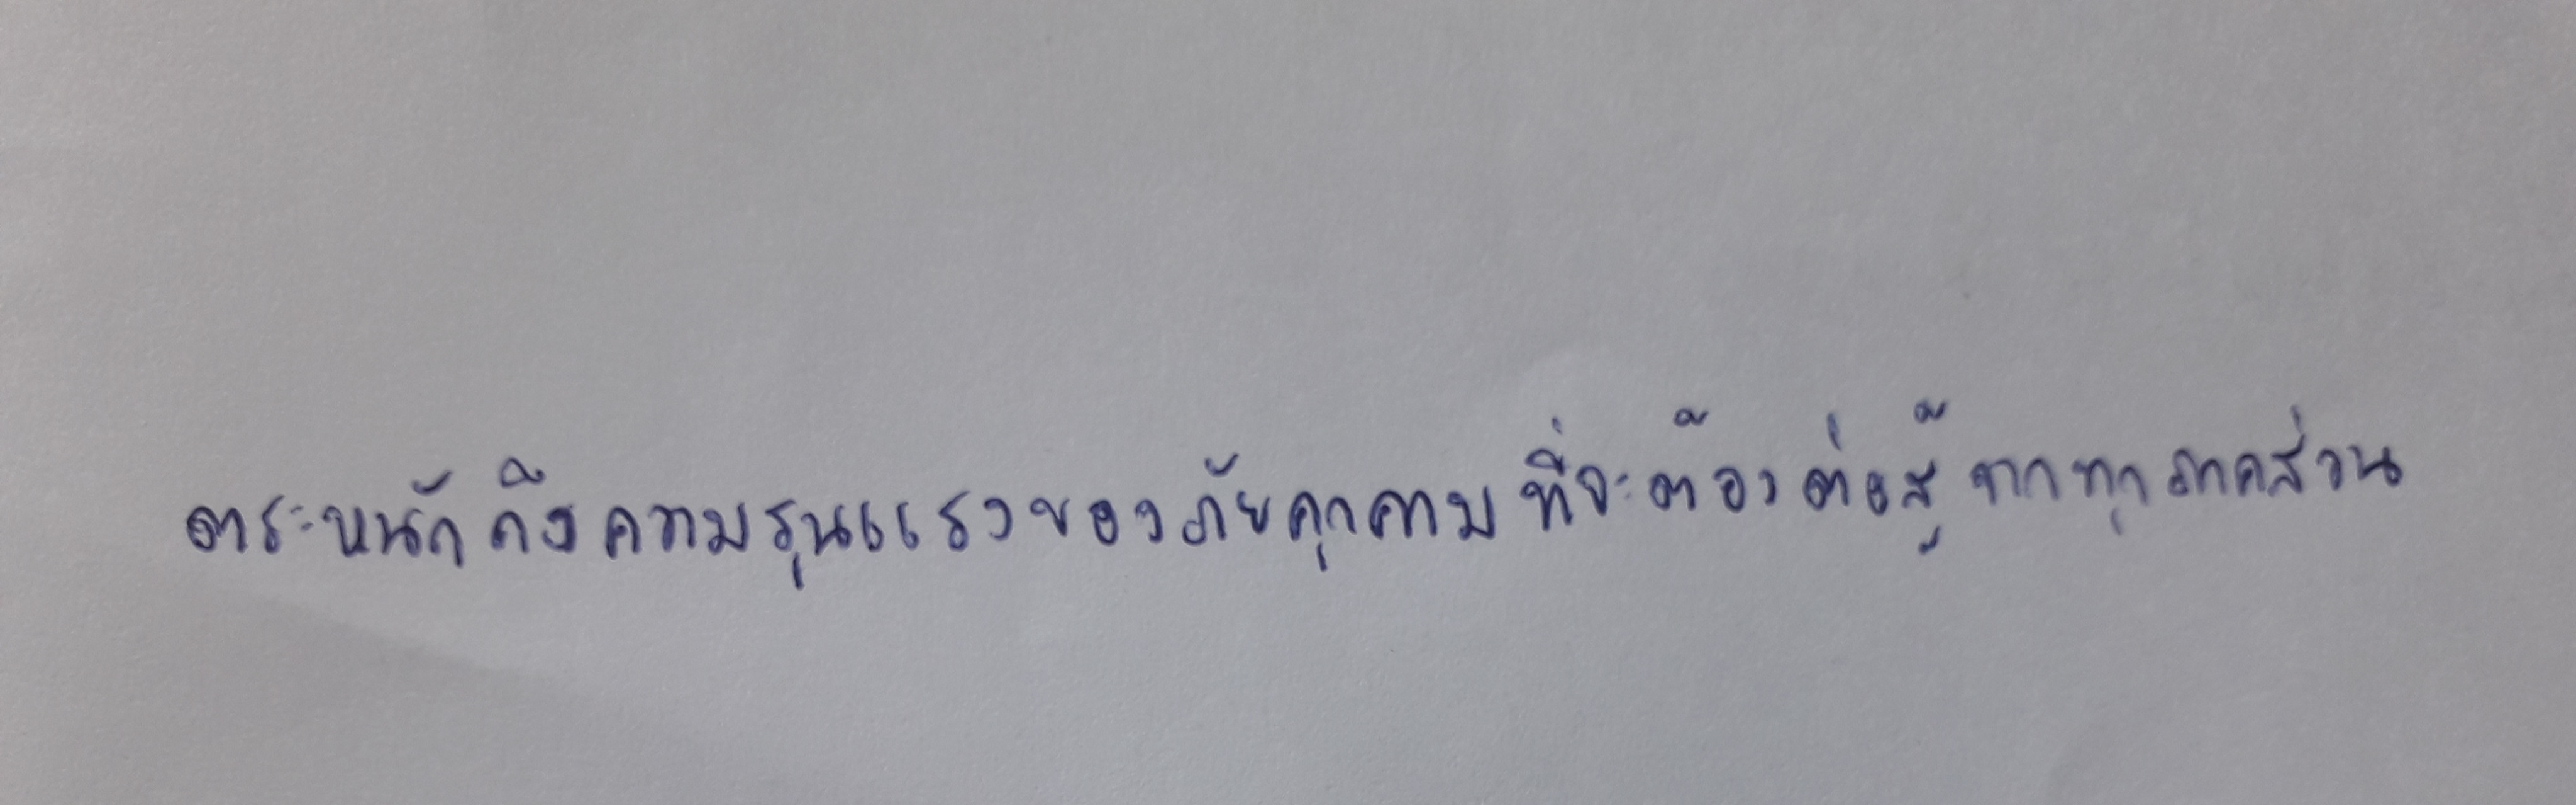
ตระหนักถึงความรุนแรงของภัยคุกคามที่จะต้องต่อสู้จากทุกภาคส่วน